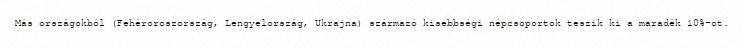
Más országokból (Fehéroroszország, Lengyelország, Ukrajna) származó kisebbségi népcsoportok teszik ki a maradék 10%-ot.